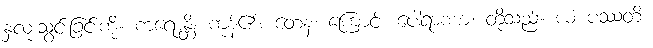
နှလုံးသွင်းခြင်းကို။ ကရောန္တိ၊ ကုန်၏။ တေန၊ ကြောင့်။ ပေါရာဏာ၊ တို့သည်။ ယံ ပဿတိ၊